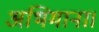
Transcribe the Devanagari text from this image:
अभिमाना।